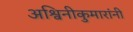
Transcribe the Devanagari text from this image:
अश्विनीकुमारांनी